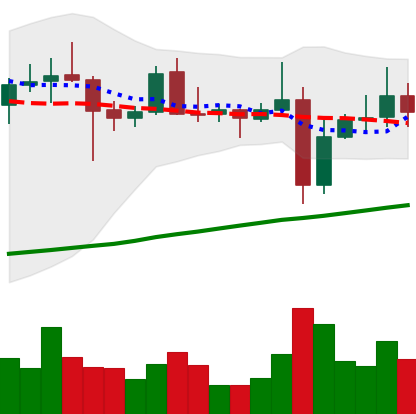
Ticker: XRP-USD
Chart end date: 2021-11-01
Forward return: 5.452%
Label: up_5_7